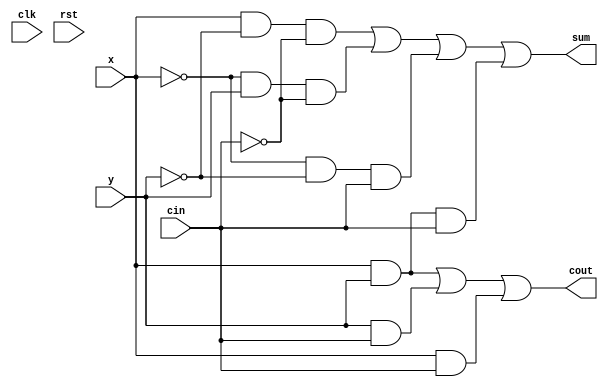
// Generated automatically via PyRTL
// As one initial test of synthesis, map to FPGA with:
//   yosys -p "synth_xilinx -top toplevel" thisfile.v

module toplevel(clk, rst, cin, x, y, cout, sum);
    input clk;
    input rst;
    input cin;
    input x;
    input y;
    output cout;
    output sum;

    wire tmp25;
    wire tmp26;
    wire tmp29;
    wire tmp30;
    wire tmp31;
    wire tmp32;
    wire tmp33;
    wire tmp34;
    wire tmp35;
    wire tmp36;
    wire tmp39;
    wire tmp40;
    wire tmp41;
    wire tmp42;
    wire tmp43;
    wire tmp44;
    wire tmp45;
    wire tmp46;

    // Combinational
    assign cout = tmp29;
    assign sum = tmp40;
    assign tmp25 = tmp43 & cin;
    assign tmp26 = tmp35 & cin;
    assign tmp29 = tmp32 | tmp41;
    assign tmp30 = tmp33 & tmp36;
    assign tmp31 = tmp34 & tmp36;
    assign tmp32 = tmp43 | tmp45;
    assign tmp33 = x & tmp44;
    assign tmp34 = tmp42 & y;
    assign tmp35 = tmp42 & tmp44;
    assign tmp36 = ~cin;
    assign tmp39 = tmp46 | tmp26;
    assign tmp40 = tmp39 | tmp25;
    assign tmp41 = x & cin;
    assign tmp42 = ~x;
    assign tmp43 = x & y;
    assign tmp44 = ~y;
    assign tmp45 = y & cin;
    assign tmp46 = tmp30 | tmp31;

endmodule